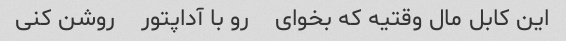
این کابل مال وقتیه که بخوای    رو با آداپتور    روشن کنی     این کابله تبدیله آداپتور برقه